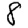
Digit: 8